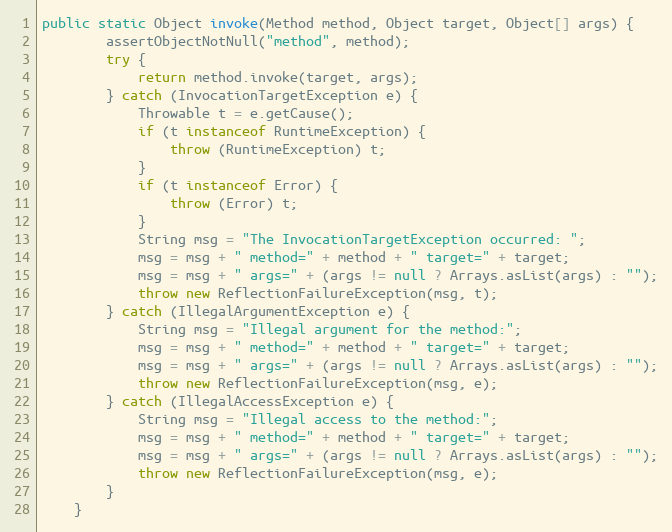
Language: Java
public static Object invoke(Method method, Object target, Object[] args) {
        assertObjectNotNull("method", method);
        try {
            return method.invoke(target, args);
        } catch (InvocationTargetException e) {
            Throwable t = e.getCause();
            if (t instanceof RuntimeException) {
                throw (RuntimeException) t;
            }
            if (t instanceof Error) {
                throw (Error) t;
            }
            String msg = "The InvocationTargetException occurred: ";
            msg = msg + " method=" + method + " target=" + target;
            msg = msg + " args=" + (args != null ? Arrays.asList(args) : "");
            throw new ReflectionFailureException(msg, t);
        } catch (IllegalArgumentException e) {
            String msg = "Illegal argument for the method:";
            msg = msg + " method=" + method + " target=" + target;
            msg = msg + " args=" + (args != null ? Arrays.asList(args) : "");
            throw new ReflectionFailureException(msg, e);
        } catch (IllegalAccessException e) {
            String msg = "Illegal access to the method:";
            msg = msg + " method=" + method + " target=" + target;
            msg = msg + " args=" + (args != null ? Arrays.asList(args) : "");
            throw new ReflectionFailureException(msg, e);
        }
    }